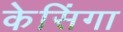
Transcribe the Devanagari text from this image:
केसिंगा